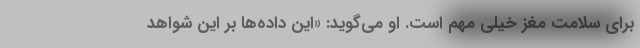
برای سلامت مغز خیلی مهم است. او می‌گوید: «این داده‌ها بر این شواهد